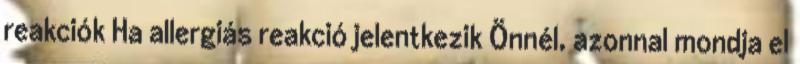
reakciók Ha allergiás reakció jelentkezik Önnél, azonnal mondja el